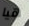
هيا